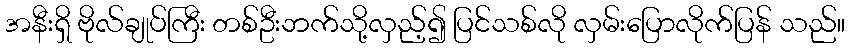
အနီးရှိ ဗိုလ်ချုပ်ကြီး တစ်ဦးဘက်သို့လှည့်၍ ပြင်သစ်လို လှမ်းပြောလိုက်ပြန် သည်။